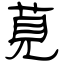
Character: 莧